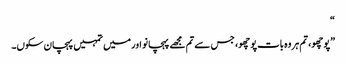
“
”پوچھو، تم ہر وہ بات پوچھو، جس سے تم مجھے پہچانو اور میں تمہیں پہچان سکوں۔